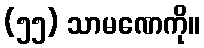
(၅၅) သာမဏေကို။